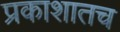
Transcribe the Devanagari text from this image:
प्रकाशातच